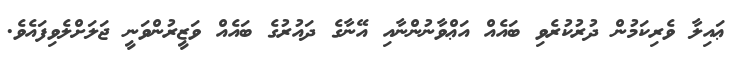
ޢައިލާ ވެރިކަމުން ދުރުކުރެވި ބައެއް އަޢްވާނުންނާއި އޭނާގެ ދައުރުގެ ބައެއް ވަޒީރުންވަނީ ޖަލަށްލެވިފައެވެ.